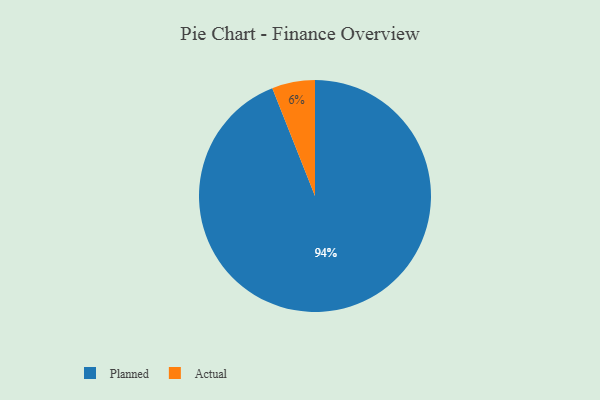
{"axis": {"x": "Category", "y": "Percentage"}, "legend": ["Actual", "Planned"], "data": [{"x": "Planned", "y": 94, "type": "Planned"}, {"x": "Actual", "y": 6, "type": "Actual"}]}